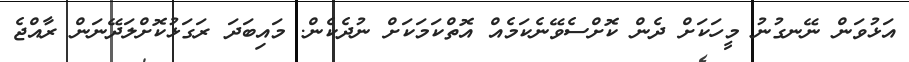
އަޅުވަން ނޭނގުނު މީހަކަށް ދެން ކޮށްސެވޭނެކަމެއް އޮތްކަމަކަށް ނުދެކެން. މައިބަދަ ރަގަޅުކޮށްލަދޭނަން ރާއްޖެ